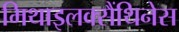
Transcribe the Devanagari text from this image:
मिथाइलक्सैंथिनेस